Leaving Certificate Examination, 1921
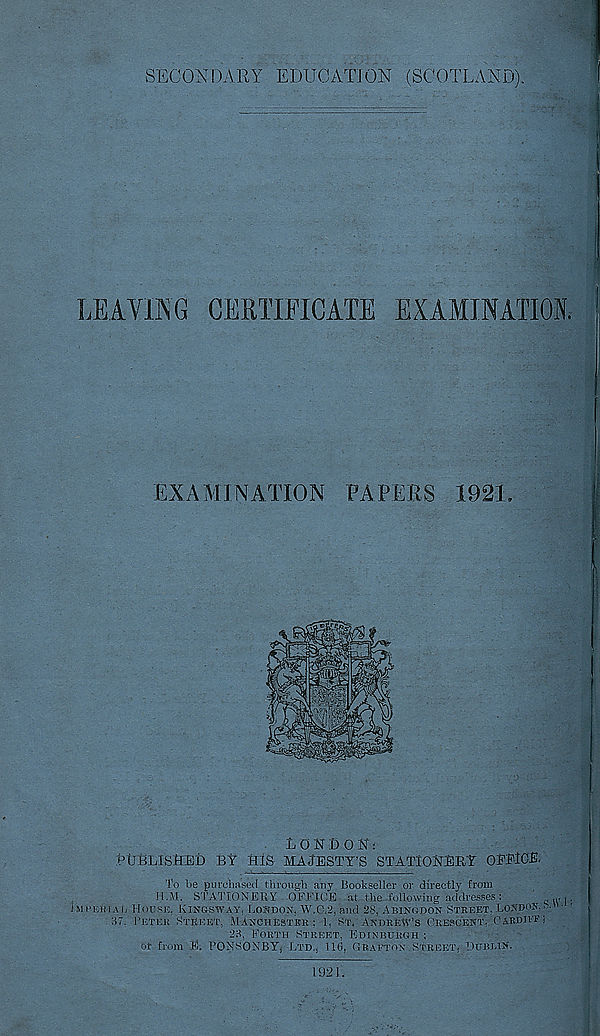
SECONDARY EDUCATION (SCOTLAND).
LEAVING CERTIFICATE EXAMINATION.
EXAMINATION PAPERS 1921.
LONDON.-
LtrBLlSfiED BY HIS MAJESTY’S STATlONEBY OFFICE.
To be purchased through any Bookseller or directly from
H.M. STATIONERY OFFICE at the following addresses :
civ j'
HiPEiiiAb House. Kinoswat, Lobdon. \V.O,2, and 28, Abingdon Street, London,.
37, Tu.tku Stheet, Manchester: 1, ST. Andrew’s Orescent. Cardiffi
23, Forth Street, Edinburgh ;
•>t from E. PONSOXBYj Ltd., 116, Graeton Street, Hubun.
1921.